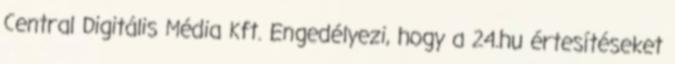
Central Digitális Média Kft. Engedélyezi, hogy a 24.hu értesítéseket